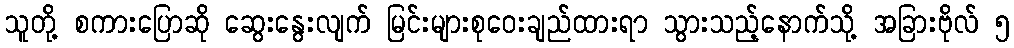
သူတို့ စကားပြောဆို ဆွေးနွေးလျက် မြင်းများစုဝေးချည်ထားရာ သွားသည့်နောက်သို့ အခြားဗိုလ် ၅